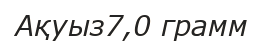
Ақуыз7,0 грамм